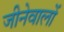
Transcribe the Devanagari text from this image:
जीनेवालों